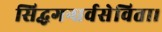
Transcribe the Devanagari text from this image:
सिद्धगन्धर्वसेविता।